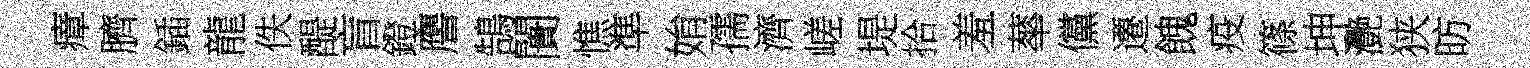
瘴臍鍤龍佚醍盲鐙譍鵠闠憔準姢孺濟嵯堤拾羞蕐儻遷餽疫篠坤灧狭昉